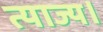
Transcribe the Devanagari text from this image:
त्याज्य।